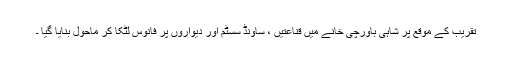
تقریب کے موقع پر شاہی باورچی خانے میں قناعتیں ، ساونڈ سسٹم اور دیواروں پر فانوس لٹکا کر ماحول بنایا گیا ۔